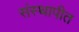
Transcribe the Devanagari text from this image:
संस्थापीत